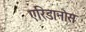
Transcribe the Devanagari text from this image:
एरिडानोस